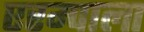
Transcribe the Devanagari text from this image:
एरम्पाला